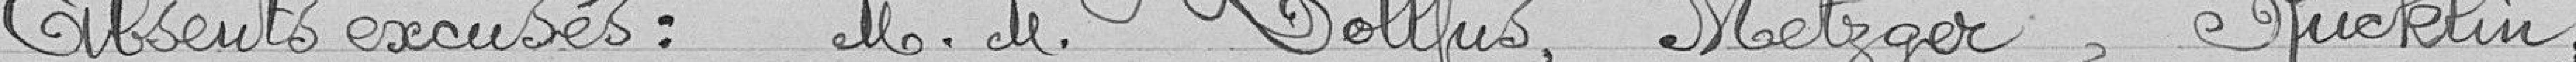
Absents excusés : MM. Dollfus, Metzger, Rucklin.